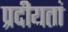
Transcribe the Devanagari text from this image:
प्रदीयतां